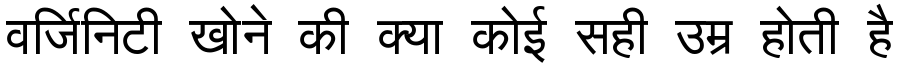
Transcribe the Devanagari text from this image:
वर्जिनिटी खोने की क्या कोई सही उम्र होती है